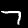
Label: 7